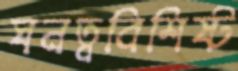
ঘনত্ববিশিষ্ট